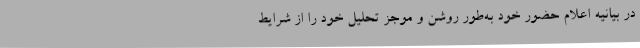
در بیانیه اعلام حضور‌ خود به‌طور روشن و موجز تحلیل خود را از شرایط